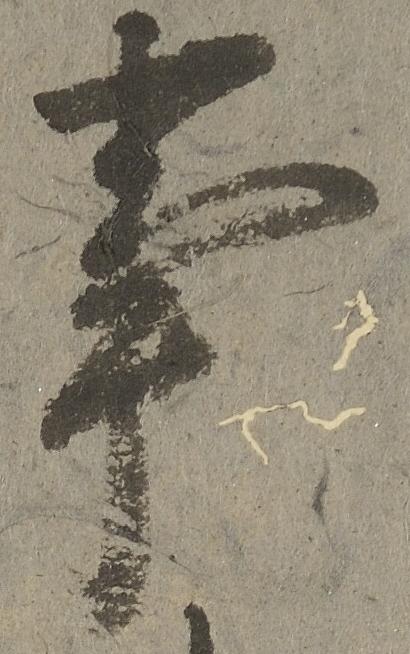
事